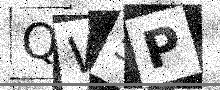
Text: QW5P